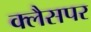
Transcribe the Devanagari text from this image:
क्लैसपर